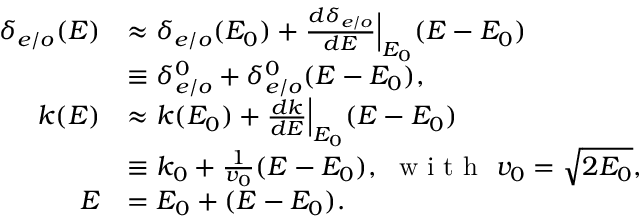
\begin{array} { r l } { \delta _ { e / o } ( E ) } & { \approx \delta _ { e / o } ( E _ { 0 } ) + \frac { d \delta _ { e / o } } { d E } \Big | _ { E _ { 0 } } ( E - E _ { 0 } ) } \\ & { \equiv \delta _ { e / o } ^ { 0 } + \delta _ { e / o } ^ { 0 } ( E - E _ { 0 } ) , } \\ { k ( E ) } & { \approx k ( E _ { 0 } ) + \frac { d k } { d E } \Big | _ { E _ { 0 } } ( E - E _ { 0 } ) } \\ & { \equiv k _ { 0 } + \frac 1 { v _ { 0 } } ( E - E _ { 0 } ) , \ \textrm { w i t h } \ v _ { 0 } = \sqrt { 2 E _ { 0 } } , } \\ { E } & { = E _ { 0 } + ( E - E _ { 0 } ) . } \end{array}